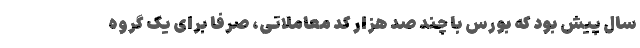
سال پیش بود که بورس با چند صد هزار کد معاملاتی، صرفا برای یک گروه